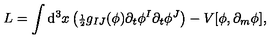
L = \int \mathrm { d } ^ { 3 } x \left( { \scriptstyle { \frac { 1 } { 2 } } } g _ { I J } ( \phi ) \partial _ { t } \phi ^ { I } \partial _ { t } \phi ^ { J } \right) - V [ \phi , \partial _ { m } \phi ] ,